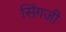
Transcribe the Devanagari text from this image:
सिंगजी